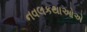
નવલકથાઓએ